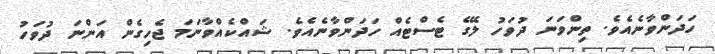
ހަދަންވާނެއެވެ. ތިންވަނަ ދުވަހު ލޭގެ ޓެސްޓެއް ހަދަންވާނެއެވެ. ޝައްކެއްވާނަމަ ޖެހިގެން އަންނަ ދުވަހު